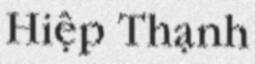
Hiệp Thạnh